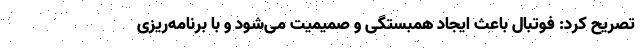
تصریح کرد: فوتبال باعث ایجاد همبستگی و صمیمیت می‌شود و با برنامه‌ریزی